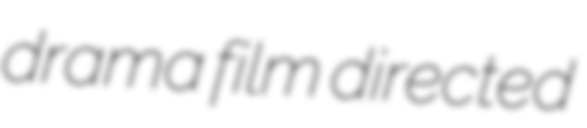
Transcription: drama film directed